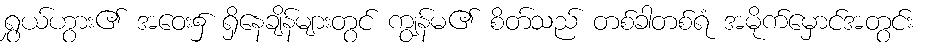
ရွှယ်ဟွား၏ အဝေး၌ ရှိနေချိန်များတွင် ကျွန်မ၏ စိတ်သည် တစ်ခါတစ်ရံ အမိုက်မှောင်အတွင်း